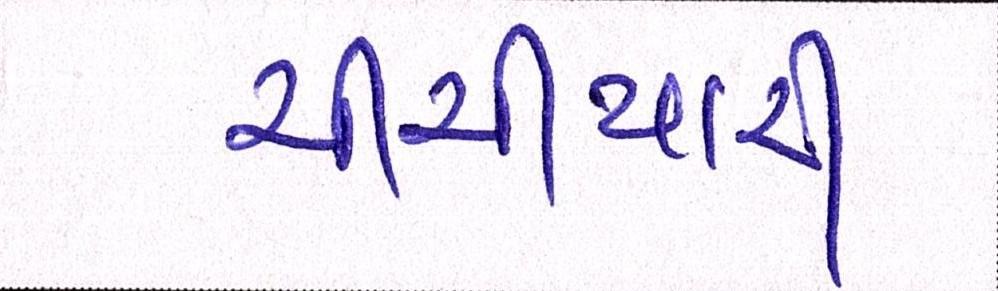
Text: ચીચીયારી